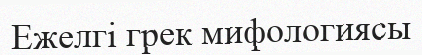
Ежелгі грек мифологиясы